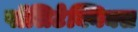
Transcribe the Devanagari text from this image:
पॉलिटेक्निक्स